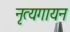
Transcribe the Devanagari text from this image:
नृत्यगायन